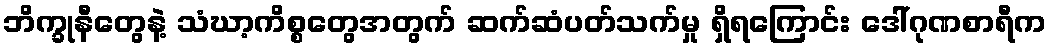
ဘိက္ခုနီတွေနဲ့ သံဃာ့ကိစ္စတွေအတွက် ဆက်ဆံပတ်သက်မှု ရှိရကြောင်း ဒေါ်ဂုဏစာရီက